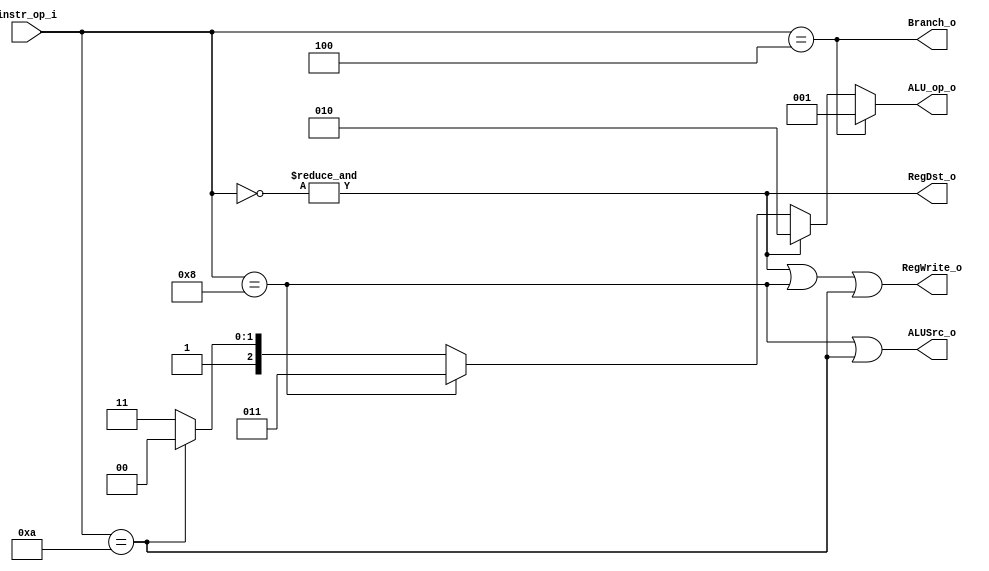
//Subject:     CO project 2 - Decoder
//--------------------------------------------------------------------------------
//Version:     1
//--------------------------------------------------------------------------------
//Writer:      Luke
//----------------------------------------------
//Date:        
//----------------------------------------------
//Description: 
//--------------------------------------------------------------------------------
`timescale 1ns/1ps
module Decoder(
    instr_op_i,
	RegWrite_o,
	ALU_op_o,
	ALUSrc_o,
	RegDst_o,
	Branch_o
	);
     
//I/O ports
input  [6-1:0] instr_op_i;

output         RegWrite_o;
output [3-1:0] ALU_op_o;
output         ALUSrc_o;
output         RegDst_o;
output         Branch_o;
 
//Internal Signals
reg    [3-1:0] ALU_op_o;
reg            ALUSrc_o;
reg            RegWrite_o;
reg            RegDst_o;
reg            Branch_o;

wire		   Rformat;
wire		   addi_ctrl;
wire		   slti_ctrl;
wire		   beq_ctrl;
//Parameter

//Main function
assign Rformat_ctrl = &(~instr_op_i);
assign beq_ctrl		= (instr_op_i== 6'd4);
assign addi_ctrl	= (instr_op_i== 6'd8);
assign slti_ctrl	= (instr_op_i==6'd10);

always @(instr_op_i)begin
	if(beq_ctrl)
		ALU_op_o <= 3'd1; //1 if it is beq
	else if(Rformat_ctrl)
		ALU_op_o <= 3'd2; //2 if it is R-format
	else if(addi_ctrl)
		ALU_op_o <= 3'd3; //3 if it is addi
	else if(slti_ctrl)
		ALU_op_o <= 3'd4; //4 if it is slti
	else
		ALU_op_o <= 3'b111;
end

always @(instr_op_i)begin
	ALUSrc_o <= addi_ctrl | slti_ctrl;
end

always @(instr_op_i)begin
	RegWrite_o <= Rformat_ctrl | addi_ctrl | slti_ctrl;
end

always @(instr_op_i)begin
	RegDst_o <= Rformat_ctrl;
end

always @(instr_op_i)begin
	Branch_o <= beq_ctrl;
end

endmodule